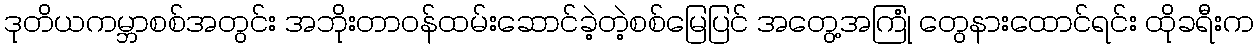
ဒုတိယကမ္ဘာစစ်အတွင်း အဘိုးတာဝန်ထမ်းဆောင်ခဲ့တဲ့စစ်မြေပြင် အတွေ့အကြုံ တွေနားထောင်ရင်း ထိုခရီးက